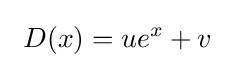
~D(x)=ue^{x}+v~